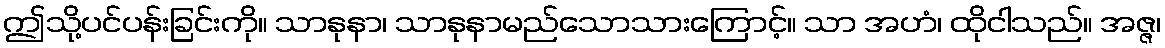
ဤသို့ပင်ပန်းခြင်းကို။ သာနုနာ၊ သာနုနာမည်သောသားကြောင့်။ သာ အဟံ၊ ထိုငါသည်။ အဇ္ဇ၊